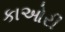
કાઓરી